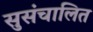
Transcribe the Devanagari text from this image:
सुसंचालित